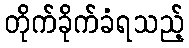
တိုက်ခိုက်ခံရသည့်